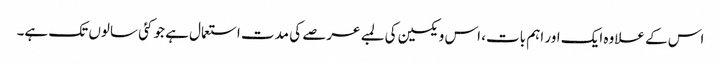
اس کے علاوہ ایک اور اہم بات، اس ویکسین کی لمبے عرصے کی مدت استعمال ہے جو کئی سالوں تک ہے۔